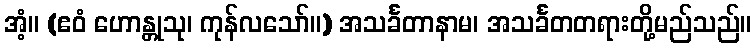
အံ့။ (ဧဝံ ဟောန္တုသု၊ ကုန်လသော်။) အသင်္ခတာနာမ၊ အသင်္ခတတရားတို့မည်သည်။